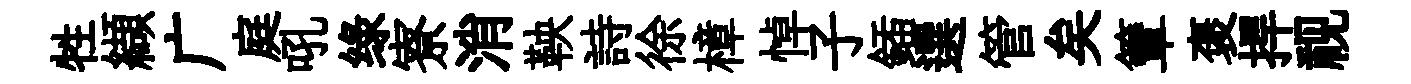
牲纈广庭吼绿寮消鞅詩徐樟悼子鍤選管矣簟褒捍视